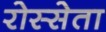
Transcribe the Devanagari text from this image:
रोस्सेता